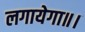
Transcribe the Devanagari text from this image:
लगायेगा॥।